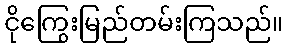
ငိုကြွေးမြည်တမ်းကြသည်။